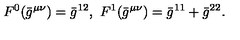
{ } F ^ { 0 } ( \bar { g } ^ { \mu \nu } ) = \bar { g } ^ { 1 2 } , \ F ^ { 1 } ( \bar { g } ^ { \mu \nu } ) = \bar { g } ^ { 1 1 } + \bar { g } ^ { 2 2 } .